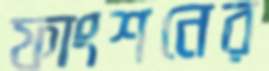
ফাংশনের